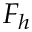
F _ { h }